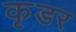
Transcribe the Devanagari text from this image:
कृडर